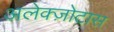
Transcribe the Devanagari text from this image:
अलेक्ज़ोटास